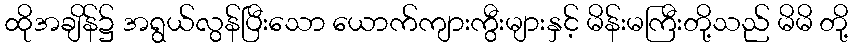
ထိုအချိန်၌ အရွယ်လွန်ပြီးသော ယောက်ကျားကွီးများနှင့် မိန်းမကြီးတို့သည် မိမိ တို့